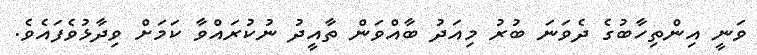
ވަނީ އިންތިހާބުގެ ދެވަނަ ބުރު މިއަދު ބާއްވަން ތާއީދު ނުކުރައްވާ ކަމަށް ވިދާޅުވެފައެވެ.